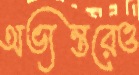
অভ্যন্তরেও